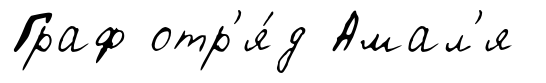
Граф отр'я́д Амал'я